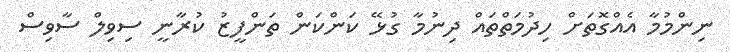
ނިންމުމާ އެއްގޮތަށް ހިދުމަތްތައް ދިނުމާ ގުޅޭ ކަންކަން ތަންފީޒު ކުރާނީ ސިވިލް ސާވިސް